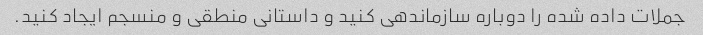
جملات داده شده را دوباره سازماندهی کنید و داستانی منطقی و منسجم ایجاد کنید.